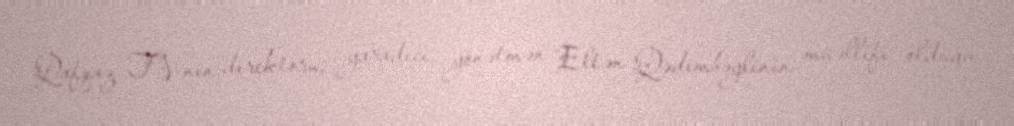
Qafqaz TV-nin direktoru, yaradıcı yönətmən Eltən Qədimbəylinin müəllifi olduğu